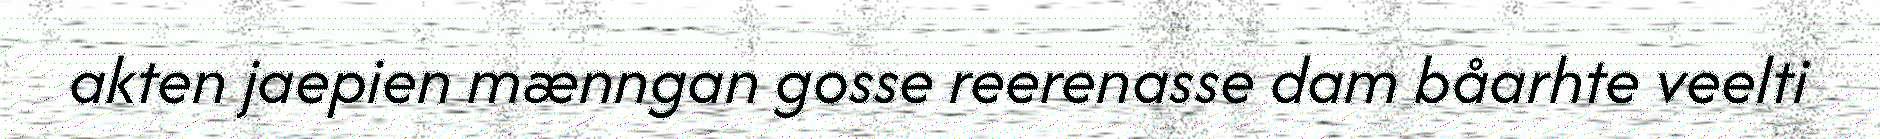
akten jaepien mænngan gosse reerenasse dam båarhte veelti